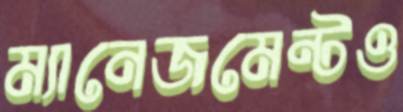
ম্যানেজমেন্টও